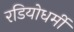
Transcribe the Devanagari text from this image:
रडियोधर्मी